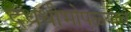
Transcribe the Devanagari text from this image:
दधधीभोपळ्याचे